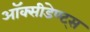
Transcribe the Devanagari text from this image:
ऑक्सीडेण्ट्स